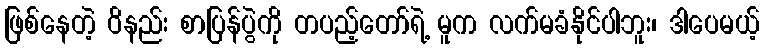
ဖြစ်နေတဲ့ ဝိနည်း စာပြန်ပွဲကို တပည့်တော်ရဲ့ မူက လက်မခံနိုင်ပါဘူး၊ ဒါပေမယ့်